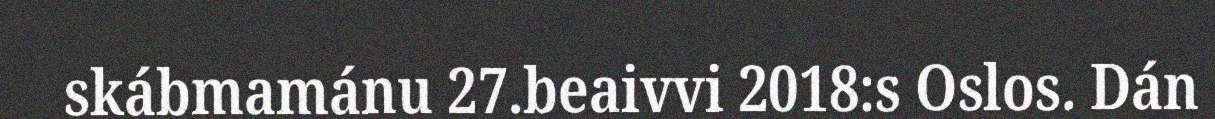
skábmamánu 27.beaivvi 2018:s Oslos. Dán